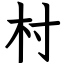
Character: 村